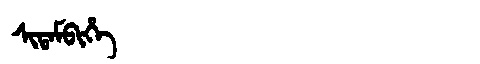
Manchu: ᠰᡳᡨᠠᠮᠪᡳᡥᡝ
Romanization: SITAMBIHE